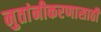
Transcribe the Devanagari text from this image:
नुतांनीकरणासाठी